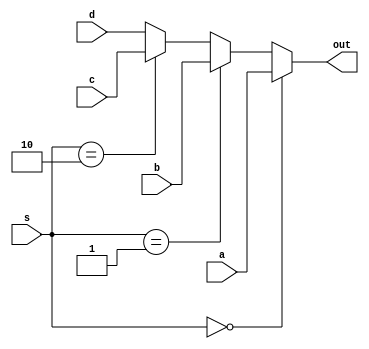
module mux4_2
(
	input [1:0]s,
	input a,b,c,d,
	output out
);
	assign out = (s==0)?a:(s==1)?b:(s==2)?c:d;
endmodule

module mux2_1
(
	input s,
	input a,b,
	output out
);
	assign out = (s==0)?a:b;
endmodule

module fa
(
	input a,b, cin,
	output s,cout
);
	assign {cout,s} = a+b+cin;
endmodule

module alu1b
(
	input a,b,binv,cin,
	input [1:0]op,
	input less,
	output s,cout
);
	wire w1,w2,w3,w4,w5;
	not b1(w1,b);
	mux2_1 i(binv,a,w1,w2);
	fa j(a,w2,binv,w3,cout);
	and a1(w4,a,b);
	or o1(w5,a,b);
	mux4_2 k(op,w4,w5,w3,less,s);
endmodule

module alu_msb
(
	input a,b,binv,cin,
	input [1:0]op,
	input less,
	output out,cout,
	output set
);
	wire w6,w1,w2,w3,w4,w5;
	not b1(w1,b);
	mux2_1 i1(binv,b,w1,w2);
	fa j1(a,w2,cin,set,cout);
	and a11(w4,a,b);
	or o11(w5,a,b);
	mux4_2 k1(op,w4,w5,set,less,out);
endmodule	

module alu4b
(
	input [3:0]a,
	input [3:0]b,
	input binv,cin,
	input [1:0]operation,
	output [3:0]res,
	output cout
);
	wire w1,w2,w3,w4,w5;
	assign w5=0;
	alu1b obj1 (a[0],b[0],binv,cin,operation,w4,res[0],w1);
	alu1b obj2 (a[1],b[1],binv,w1,operation,w5,res[1],w2);
	alu1b obj3 (a[2],b[2],binv,w2,operation,w5,res[2],w3);
	alu_msb obj (a[3],b[3],binv,w3,operation,w5,res[3],cout,w4);
endmodule


module pc 
(
	input clk,rst,
	output reg [3:0]out
);
	always @(posedge clk)
	begin
	if (rst == 1)
		out <= 0;
	else
		out <= out + 1;
	end
endmodule

module reg_file(
		input [1:0]read_reg1,read_reg2,
		input [1:0]write_reg,
		input [3:0]write_data,
		input rw,
		input rst,clk,
			
		output reg [3:0]data_out1,data_out2);
reg [3:0]register[3:0];
always@(posedge clk)
begin
	if(rst)
	begin
		register[0]<=2;
		register[1]<=3;
		register[2]<=4;
		register[3]<=5;
	end
	else
	begin
		if(rw==0)
		begin
			register[write_reg]<=write_data;
		end
		else
		begin
			data_out1<=register[read_reg1];
			data_out2<=register[read_reg2];
		end
	end
end
endmodule

module datapath
(
	input clk,rst,rw,
	input [1:0]opcode,
	input binv,cin,
	input [15:0]instruction,
	output [3:0]data_address,
	output [3:0]address
);
	wire [3:0]w1,w2,w3;
	wire w4;
	assign w4=0;
	pc obj (clk,rst,address);
	reg_file obj1 (instruction[1:0],instruction[3:2],instruction[5:4],w3,rw,rst,clk,w1,w2);
	alu4b obj2 (w1,w2,binv,cin,opcode,w3,w4);
endmodule

module test_dp ();

	reg clk,rst,rw;
	reg [1:0]opcode;
	reg binv,cin;
	reg [15:0]instruction;
	wire [3:0]data_address;
	wire [3:0]address;
	
datapath obj (clk,rst,rw,opcode,binv,cin,instruction,data_address,address);
always
#3 clk =	~clk;

initial begin
rst=1; clk=0;
#3 rst =0;
#10 instruction=0;	opcode=0; binv=0; cin=0;rw=1;
#10 instruction=1;rw=1;
#10 opcode=1;
#10 opcode=2;
#10 opcode=3;
end
endmodule